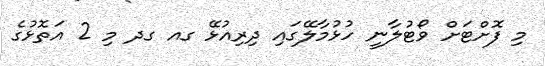
މި ފޮށްޓަށް ވޯޓުލާނީ ހުޅުމާލޭގައި ދިރިއުޅޭ ގއ ގދ މި 2 އަތޮޅުގެ